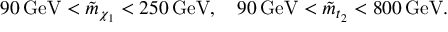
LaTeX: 9 0 \, \mathrm { G e V } < \tilde { m } _ { \chi _ { 1 } } < 2 5 0 \, \mathrm { G e V } , \quad 9 0 \, \mathrm { G e V } < \tilde { m } _ { t _ { 2 } } < 8 0 0 \, \mathrm { G e V } .